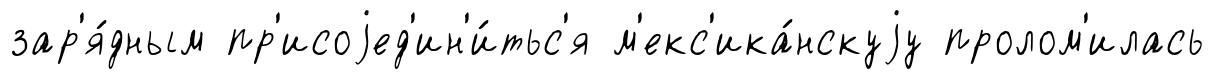
зар'я́дным пр'исоjед'ин'и́тьс'я м'екс'ика́нскуjу пролом'илась